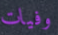
وفيات